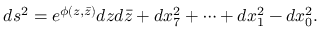
d s ^ { 2 } = e ^ { \phi ( z , \bar { z } ) } d z d \bar { z } + d x _ { 7 } ^ { 2 } + \cdots + d x _ { 1 } ^ { 2 } - d x _ { 0 } ^ { 2 } .